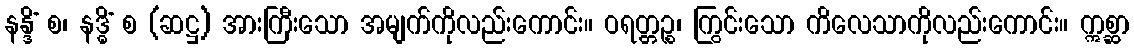
နန္ဒိံ စ၊ နဒ္ဓိံ စ (ဆဋ္ဌ) အားကြီးသော အမျက်ကိုလည်းကောင်း။ ဝရတ္တဉ္စ၊ ကြွင်းသော ကိလေသာကိုလည်းကောင်း။ ဣစ္ဆာ